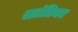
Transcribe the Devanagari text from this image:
ललंतिका